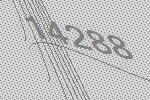
14288